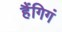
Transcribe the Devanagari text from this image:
हैंगिगं